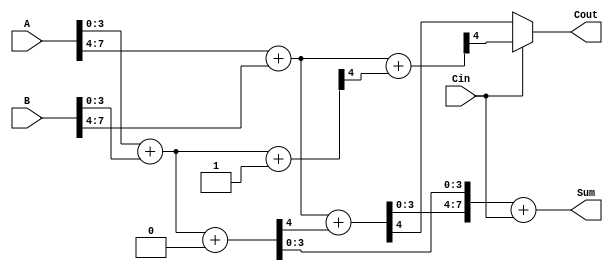
module carry_select_adder (
    input [7:0] A,          // 8-bit input A
    input [7:0] B,          // 8-bit input B
    input Cin,              // Carry input
    output [7:0] Sum,       // 8-bit sum output
    output Cout             // Carry output
);

    // Internal signals for the two segments
    wire [3:0] S0_0, S0_1;  // Sums for first segment (0 and 1 carry)
    wire [3:0] S1_0, S1_1;  // Sums for second segment (0 and 1 carry)
    wire C0_0, C0_1;        // Carry outputs for first segment
    wire C1_0, C1_1;        // Carry outputs for second segment
    wire C0;                // Carry output from the first segment

    // First segment (lower 4 bits)
    // Adder assuming carry-in = 0
    assign {C0_0, S0_0} = A[3:0] + B[3:0] + 0;
    // Adder assuming carry-in = 1
    assign {C0_1, S0_1} = A[3:0] + B[3:0] + 1;

    // Second segment (upper 4 bits)
    // Select carry based on C0
    assign C0 = Cin ? C0_1 : C0_0;
    assign {C1_0, S1_0} = A[7:4] + B[7:4] + C0_0; // Carry from first segment (0)
    assign {C1_1, S1_1} = A[7:4] + B[7:4] + C0_1; // Carry from first segment (1)

    // Final sum and carry out
    assign Sum = {S1_0, S0_0} + {4'b0000, Cin}; // Final sum based on selected carry
    assign Cout = Cin ? C1_1 : C1_0; // Final carry out based on selected carry

endmodule